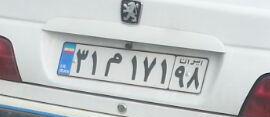
۳۱م۱۷۱۹۸